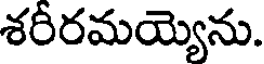
శరీరమయ్యెను.